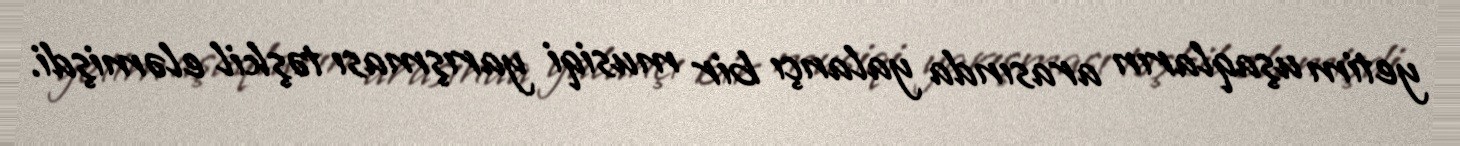
yetim uşaqların arasında yalançı bir musiqi yarışması təşkil eləmişdi.